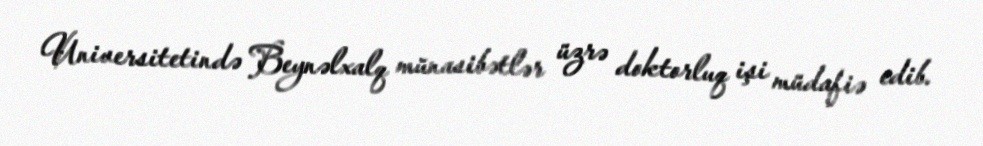
Universitetində Beynəlxalq münasibətlər üzrə doktorluq işi müdafiə edib.